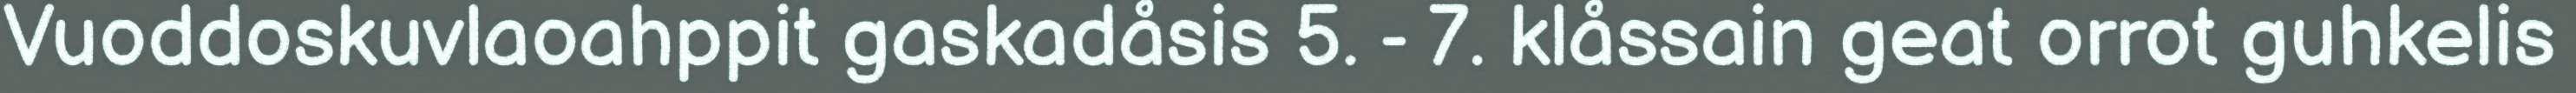
Vuoddoskuvlaoahppit gaskadåsis 5. - 7. klåssain geat orrot guhkelis